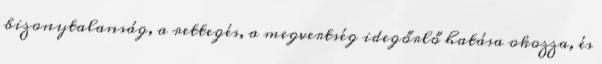
bizonytalanság, a rettegés, a megvertség idegőrlő hatása okozza, és